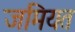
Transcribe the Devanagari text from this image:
जमियत